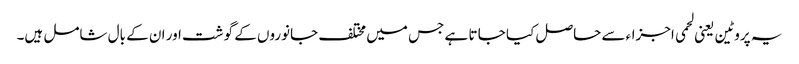
یہ پروٹین یعنی لحمی اجزاءسے حاصل کیا جا تا ہے جس میں مختلف جانوروں کے گوشت اور ان کے بال شامل ہیں۔